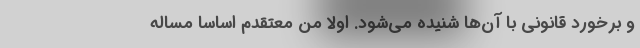
و برخورد قانونی با آن‌ها شنیده می‌شود. اولا من معتقدم اساسا مساله